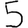
Digit: 5